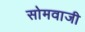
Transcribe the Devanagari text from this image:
सोमवाजी